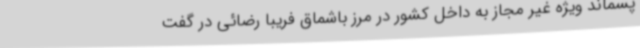
پسماند ویژه غیر مجاز به داخل کشور در مرز باشماق فریبا رضائی در گفت